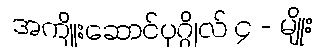
အကျိုးဆောင်ပုဂ္ဂိုလ် ၄ - မျိုး